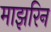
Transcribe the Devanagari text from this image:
माझरिन